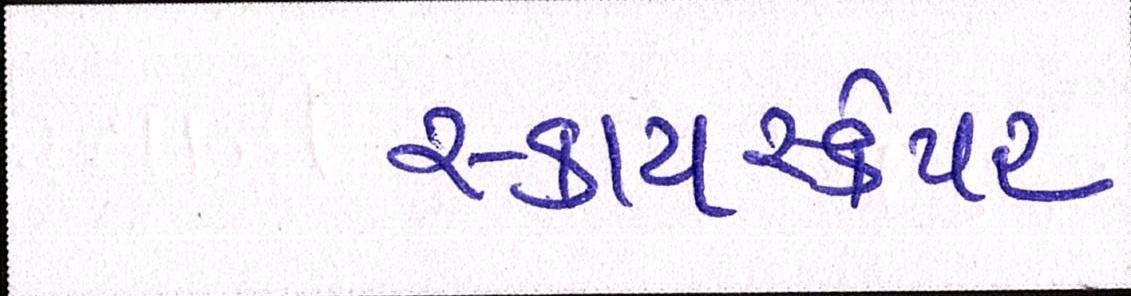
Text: સ્કાયસ્ક્રેપર